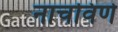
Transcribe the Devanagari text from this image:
नाचविणे